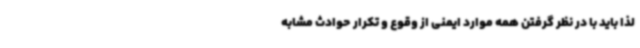
لذا باید با در نظر گرفتن همه موارد ایمنی از وقوع و تکرار حوادث مشابه